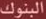
البنوك